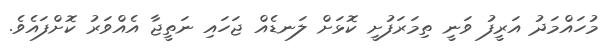
މުހައްމަދު އަރީފު ވަނީ ތިމަރަފުށީ ކޮޅަށް ލަނޑެއް ޖަހައި ނަތީޖާ އެއްވަރު ކޮށްފައެވެ.